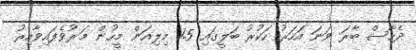
ދެހާސް ބާރަ ވަނަ އަހަރު ހަކުރު ބަލީގައި 1.5 މިލިއަން މީހުން މަރުވެފައިވާއިރު